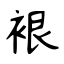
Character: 裉